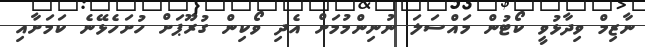
ނާޒިމް ވިދާޅުވީ ކޯޓުން މައްސަލަ ނުނިންމުމަށް އެދި ވޯކިން ގުރޫޕަށް ހުށަހެޅޭނެ ކަމަށާއި